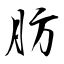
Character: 肪